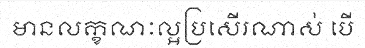
មានលក្ខណៈល្អប្រសើរណាស់ បើ